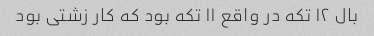
بال ۱۲ تکه در واقع ۱۱ تکه بود که کار زشتی بود